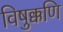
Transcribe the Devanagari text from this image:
विषुक्कणि